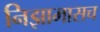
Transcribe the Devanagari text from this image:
निझामासच